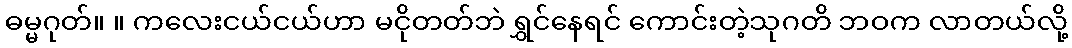
ဓမ္မဂုတ်။ ။ ကလေးငယ်ငယ်ဟာ မငိုတတ်ဘဲ ရွှင်နေရင် ကောင်းတဲ့သုဂတိ ဘဝက လာတယ်လို့